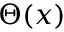
\Theta ( x )